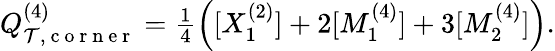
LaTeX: \begin{array}{r}{Q_{\mathcal{T},\mathrm{~c~o~r~n~e~r~}}^{(4)}=\frac{1}{4}\left([X_{1}^{(2)}]+2[M_{1}^{(4)}]+3[M_{2}^{(4)}]\right).}\end{array}